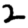
Digit: 2